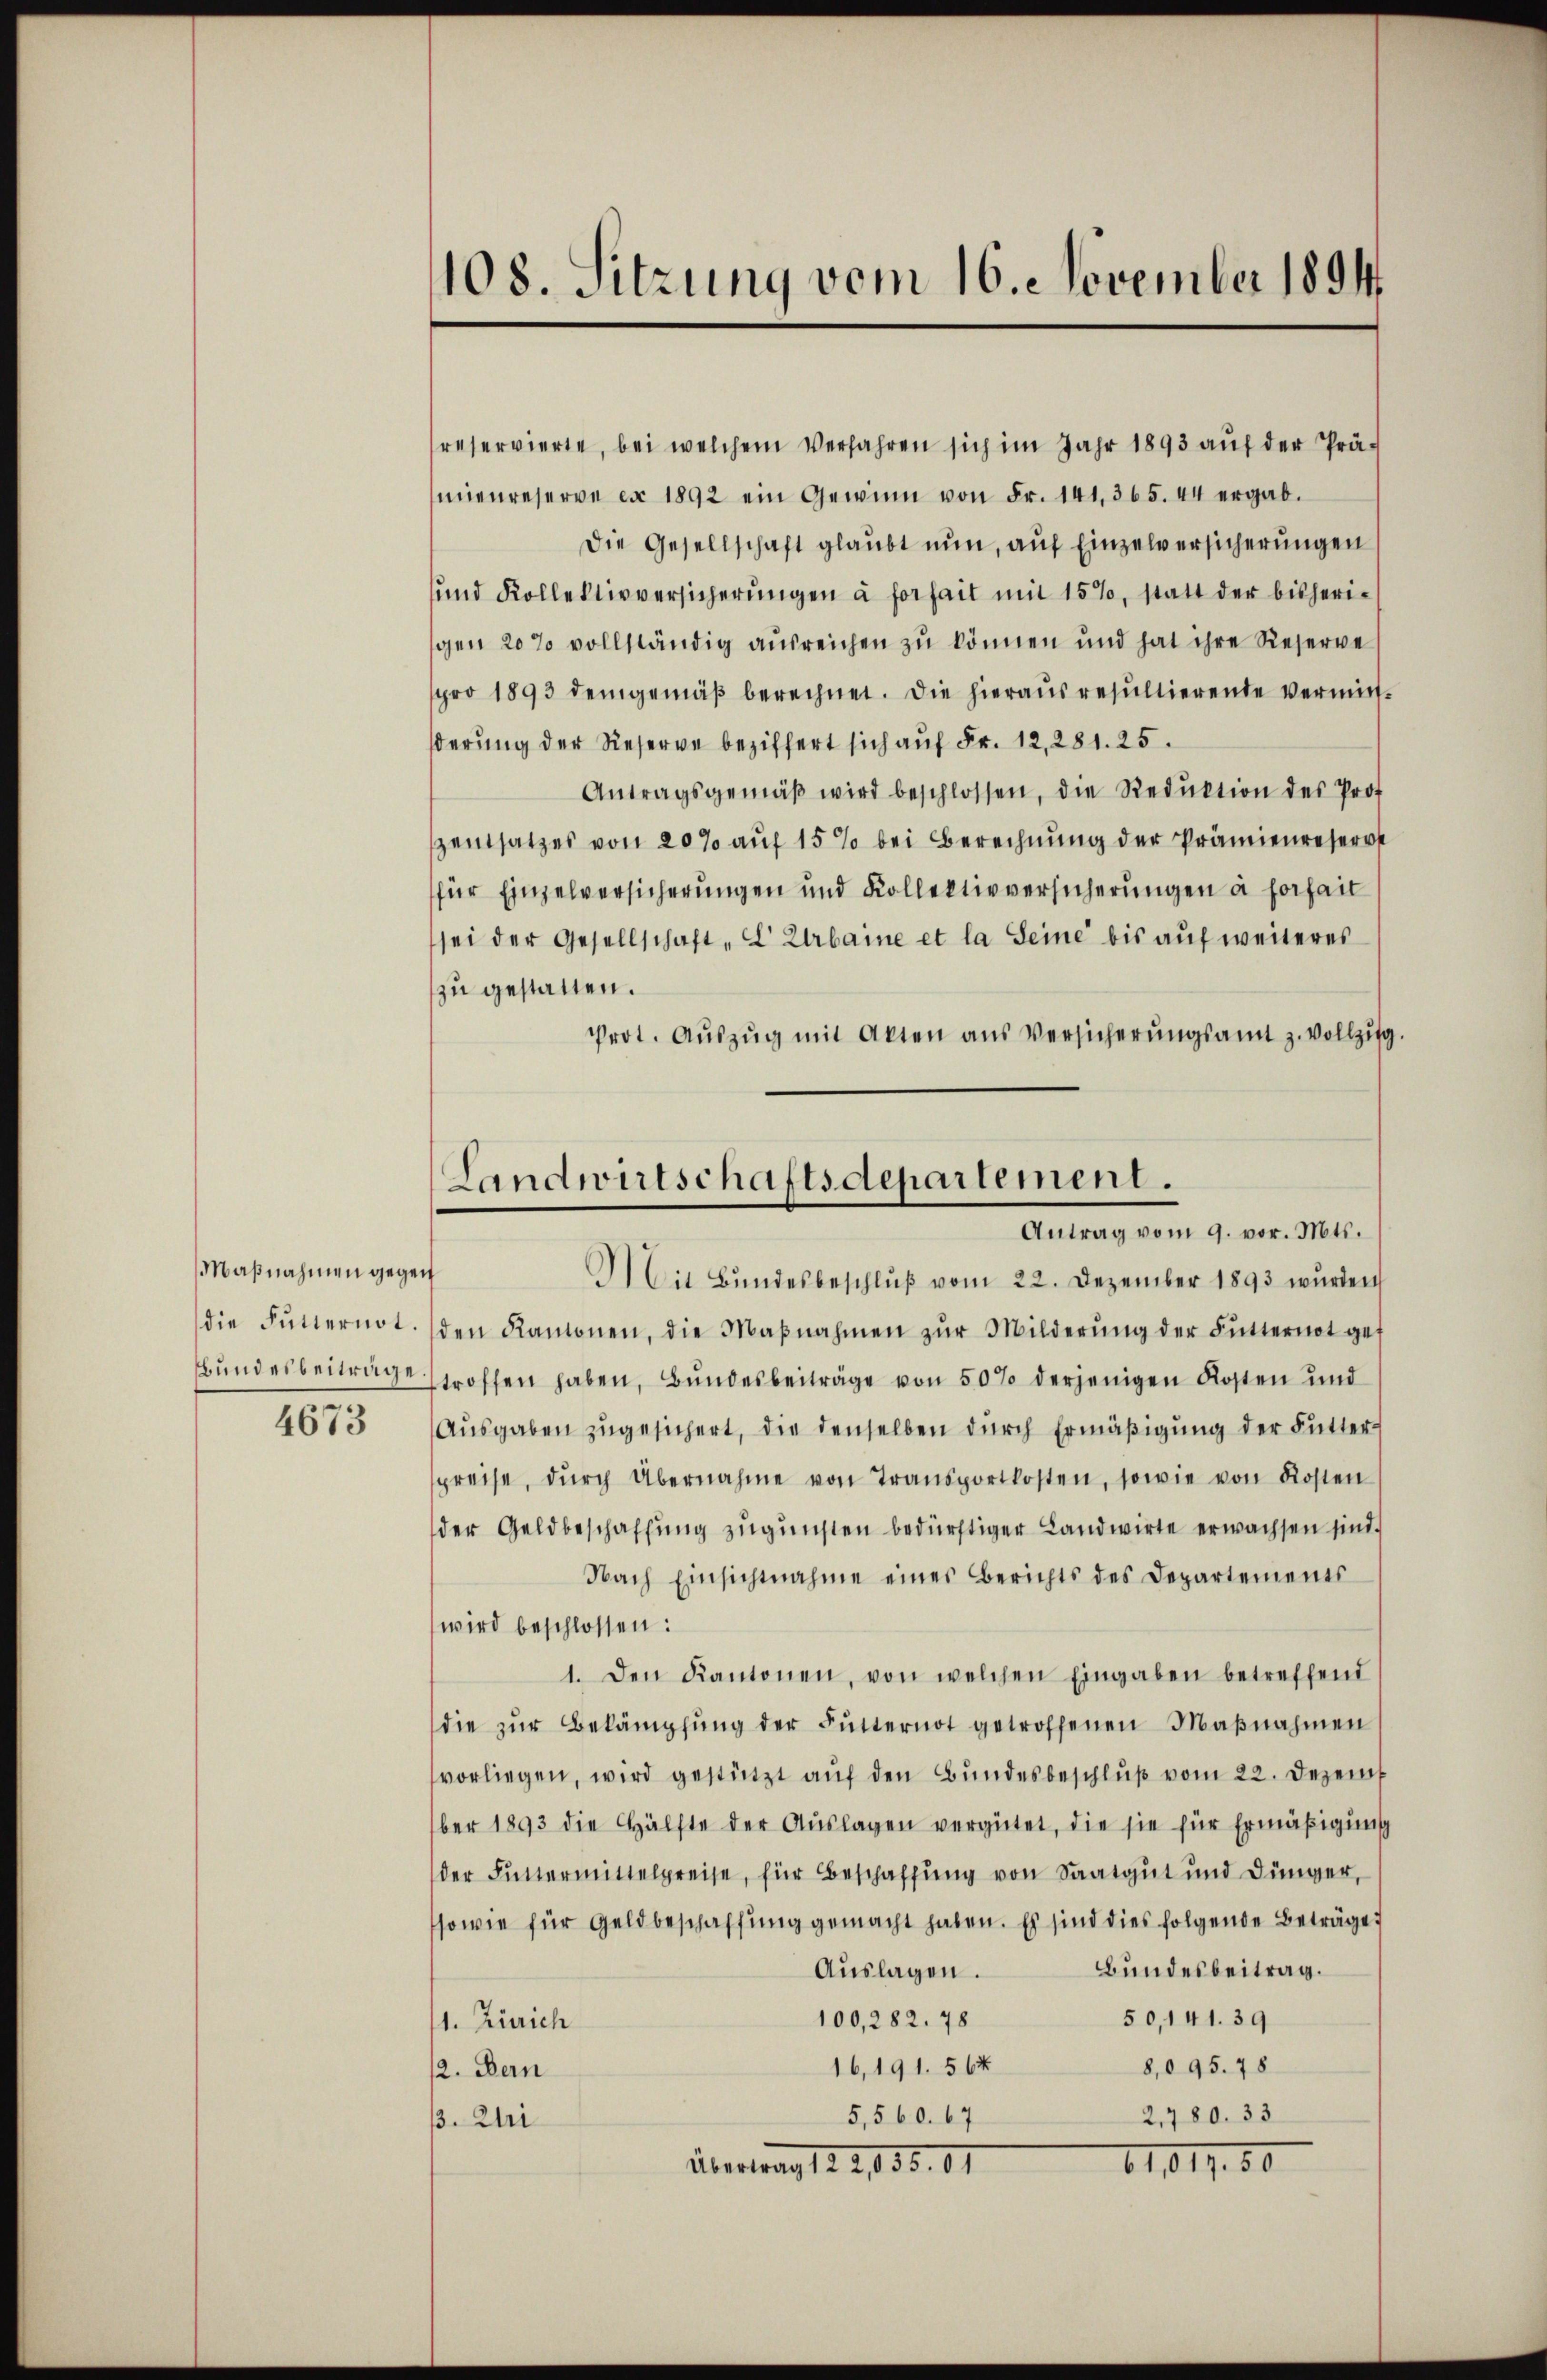
Maßnahmen gegen
4673

108. Sitzung vom 16. November 1894.

reservierte, bei welchem Verfahren sich im Jahr 1893 auf der Prämienreserve ex 1892 ein Gewinn von Fr. 141, 365. 44 ergab.
Die Gesellschaft glaubt nun, auf Einzelversicherungen
und Kollektivversicherŭngen à forfait mit 15%, statt der bisheri-
gen 20% vollständig ausreichen zu können und hat ihre Reserve
pro 1893 demgemäβ berechnet. Die hieraŭsresultierende vermitt-
ßerung der Reserve beziffert sich aŭf Fr. 12, 281. 25.
Antragsgemäβ wird beschlossen, die Reduktion des Prof.
zentsatzes von 20% auf 15 % bei Berechnung der Prämienreser
für Einzelversicherungen und Kollektivversicherungen à forhait
sei der Gesellschaft „L Urbaine et la Seine bis auf weiteres
zu gestatten.
Prot. Aŭszŭg mit Akten aus Versicherŭngsamt z. vollzŭg.
Landwirtschaftsdepartement.

Antrag vom 9. vor. Mts.

Mit Bŭndesbeschlŭβ vom 22. Dezember 1893 wurden
die Futternot. (den Ramonen, die Maβnahmen zŭr Milderŭng der Futternot gef
bundesbeitrage stroffen haben, Bundesbeiträge von 50% derjenigen Kosten und
Aŭsgaben zŭgesichert, die denselben dŭrch Ermäβigŭng der Futter-
spreise, dŭrch Übernahme von Transportkosten, sowie von Kosten
der Geldbeschaffung zugunsten bedürftiger Landwirte erwachsen sind.
Nach Einsichtnahme eines Berichts des Departements
wird beschlossen:
1. Den Kantonen, von welchen Eingaben betreffend
die zŭr Bekämpfŭng der Futternot getroffenen Maβnahmen
vorliegen, wird gestützt aŭf den Bŭndesbeschlŭβ vom 22. Dezem
ber 1893 die Hälfte der Aŭslagen vergütet, die sie für Ermäßigung
der Futtermittelpreise, für Beschaffung von Saatgut und Dünger,
sowie für Geldbeschaffung gemacht haben. Es sind dies folgende Beträge
Bundesbeitrag.
Auslagen.
50,141. 39
100, 282. 78
1. Zürich
8,095. 78
16,191. 564
2. Bern
2,780. 33
5,560. 67
3. Uri
11012.50
Übertrag 12. 2135. 61